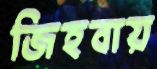
জিহবায়